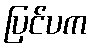
ပြင်ပက